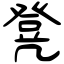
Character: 凳